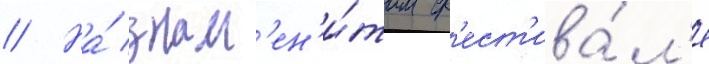
// На́ знам'ен'и́том ф'ест'ива́л'е